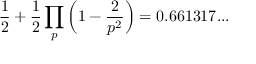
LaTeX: { \frac { 1 } { 2 } } + { \frac { 1 } { 2 } } \prod _ { p } \left( 1 - { \frac { 2 } { p ^ { 2 } } } \right) = 0 . 6 6 1 3 1 7 . . .